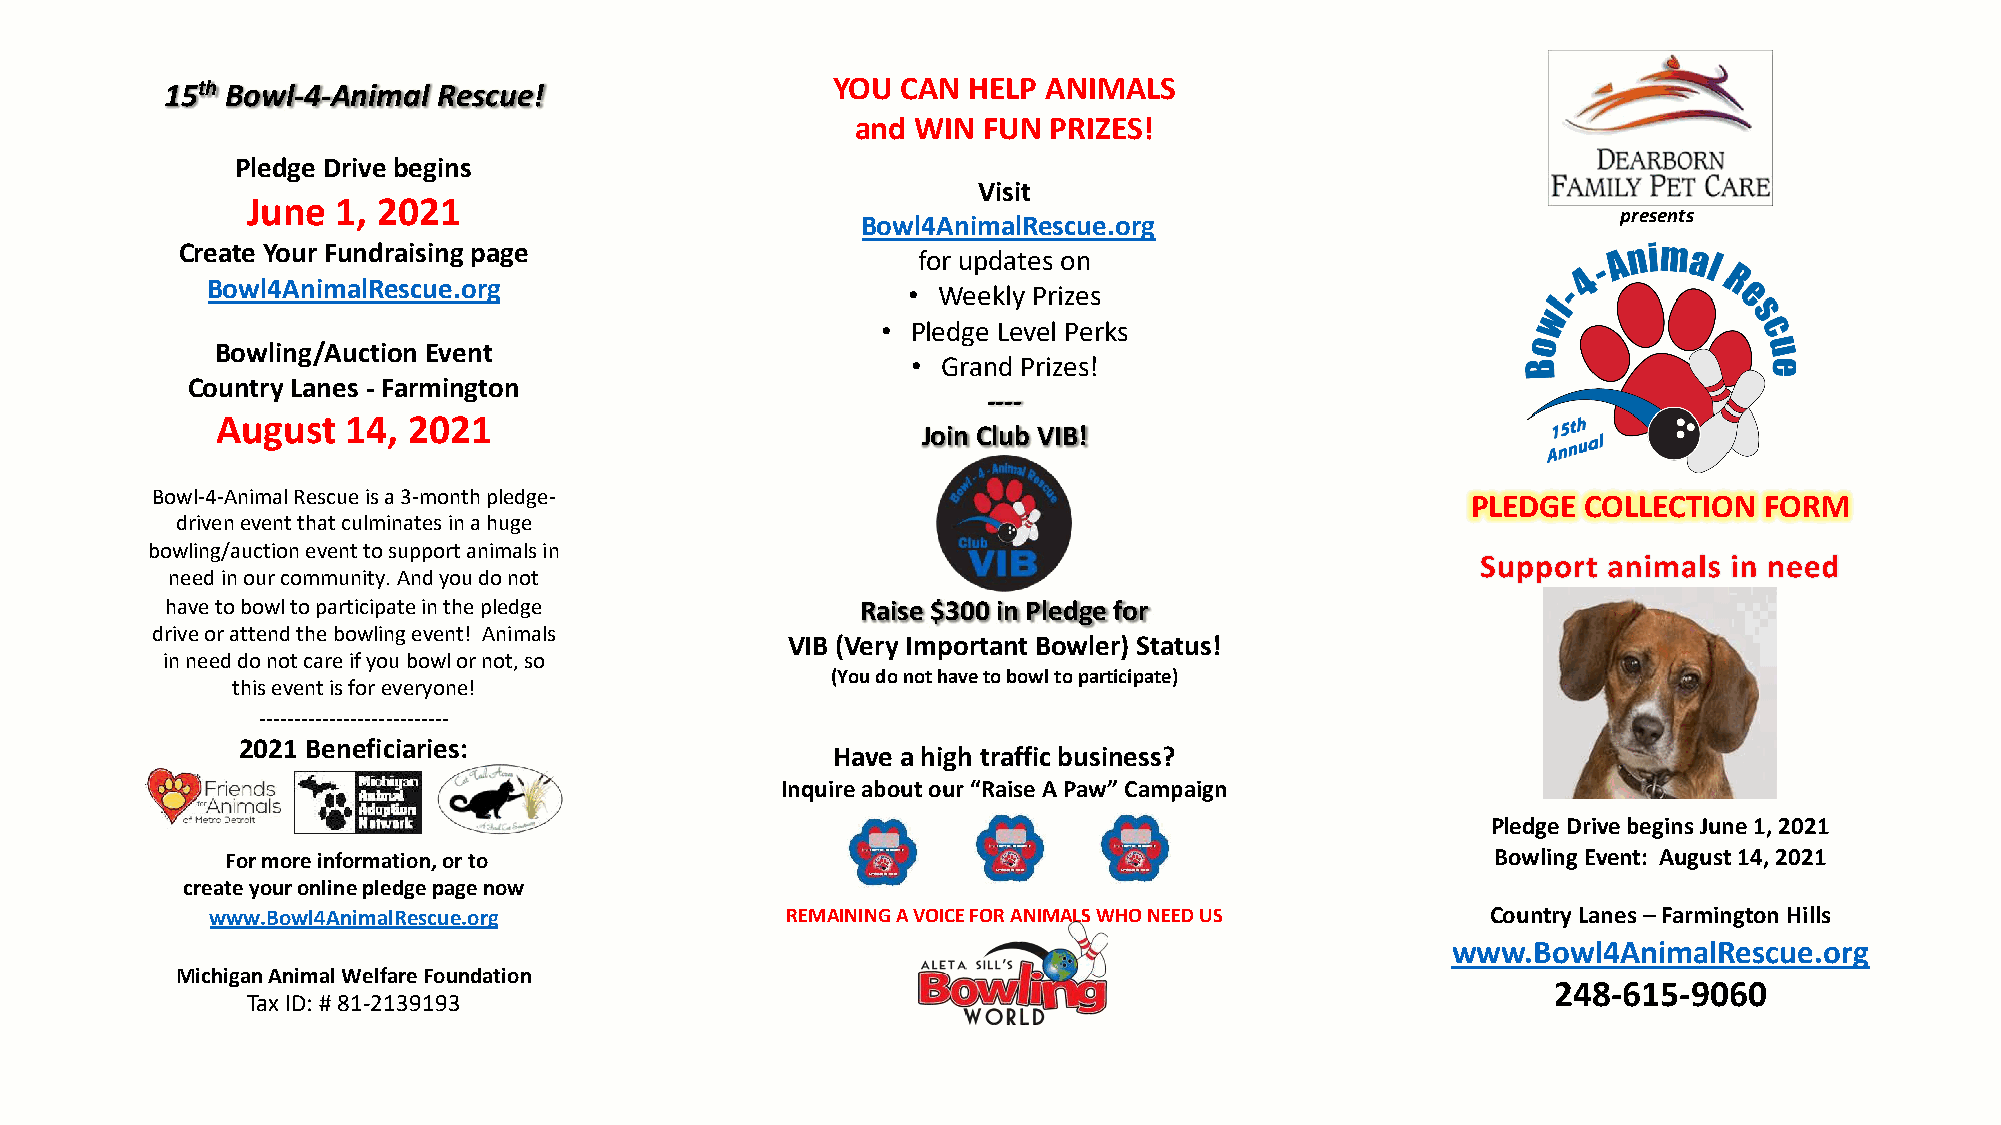
15th Bowl-4-Animal Rescue!                  YOU  CAN HELP ANIMALS
 and WIN FUN PRIZES!
 Pledge Drive begins
 Visit
 June  1, 2021
 Bowl4AnimalRescue.org                             presents
 Create Your Fundraising page
 for updates on
 Bowl4AnimalRescue.org
 • Weekly Prizes
 • Pledge Level Perks
 Bowling/Auction Event
 • Grand Prizes!
 Country Lanes - Farmington
 ----
 August   14, 2021
 Join Club VIB!
 Bowl-4-Animal Rescue is a 3-month pledge-                                              PLEDGE  COLLECTION  FORM
 driven event that culminates in a huge
 bowling/auction event to support animals in
 need in our community. And you do not
 have to bowl to participate in the pledge     Raise $300 in Pledge for
 drive or attend the bowling event! Animals
 VIB (Very Important Bowler) Status!
 in need do not care if you bowl or not, so
 (You do not have to bowl to participate)
 this event is for everyone!
 ---------------------------
 2021 Beneficiaries:
 Have a high traffic business?
 Inquire about our “Raise A Paw” Campaign
 Pledge Drive begins June 1, 2021
 For more information, or to                                                         Bowling Event: August 14, 2021
 create your online pledge page now
 www.Bowl4AnimalRescue.org             REMAINING A VOICE FOR ANIMALS WHO NEED US      Country Lanes –Farmington Hills
 www.Bowl4AnimalRescue.org
 Michigan Animal Welfare Foundation                                                         248-615-9060
 Tax ID: # 81-2139193